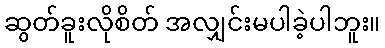
ဆွတ်ခူးလိုစိတ် အလျှင်းမပါခဲ့ပါဘူး။